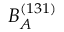
B _ { A } ^ { ( 1 3 1 ) }